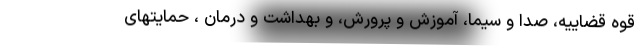
قوه قضاییه، صدا و سیما، آموزش و پرورش، و بهداشت و درمان ، حمایتهای